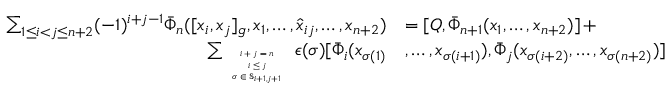
\begin{array} { r l r } { \sum _ { 1 \leq i < j \leq n + 2 } ( - 1 ) ^ { i + j - 1 } \Bar { \Phi } _ { n } ( [ x _ { i } , x _ { j } ] _ { \mathfrak { g } } , x _ { 1 } , \ldots , \widehat { x } _ { i j } , \ldots , x _ { n + 2 } ) } & { = [ Q , \Bar { \Phi } _ { n + 1 } ( x _ { 1 } , \ldots , x _ { n + 2 } ) ] \, + } & \\ { \sum _ { \tiny { \begin{array} { c } { i + j = n } \\ { i \leq j } \\ { \sigma \in \mathfrak { S } _ { i + 1 , j + 1 } } \end{array} } } \epsilon ( \sigma ) [ \Bar { \Phi } _ { i } ( x _ { \sigma ( 1 ) } } & { , \ldots , x _ { \sigma ( i + 1 ) } ) , \Bar { \Phi } _ { j } ( x _ { \sigma ( i + 2 ) } , \ldots , x _ { \sigma ( n + 2 ) } ) ] } \end{array}